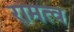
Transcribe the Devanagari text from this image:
रामत्व